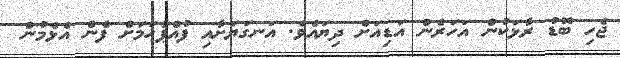
ޖެހި ބޮޑު ރާޅަކުން އަހަރެން އަޑިއަށް ދިޔައެވެ. އަނގަޔަށާއި ފުއްޕާހަމަށް ފެން އެޅެމުން